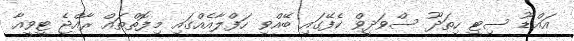
އައްޑޫ ސިޓީ ހިތަދޫ ސްވަދީވް ކެފޭގައި ބޭއްވި ހަފްލާއެއްގައި މިފޮތްތައް ރާއްޖެ ޓީވީއާ